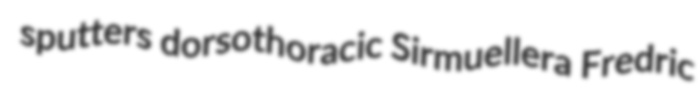
sputters dorsothoracic Sirmuellera Fredric